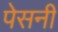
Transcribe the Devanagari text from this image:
पेसनीं